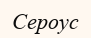
Сероус